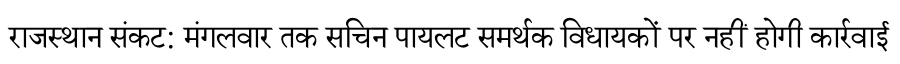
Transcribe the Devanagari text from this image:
राजस्थान संकट: मंगलवार तक सचिन पायलट समर्थक विधायकों पर नहीं होगी कार्रवाई